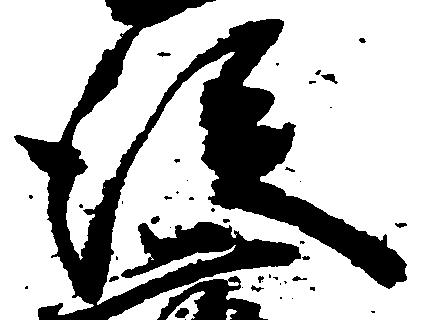
後